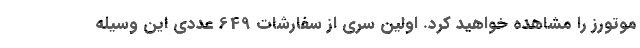
موتورز را مشاهده خواهید کرد. اولین سری از سفارشات 649 عددی این وسیله